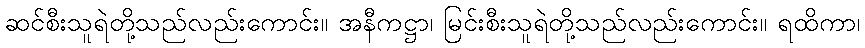
ဆင်စီးသူရဲတို့သည်လည်းကောင်း။ အနီကဋ္ဌာ၊ မြင်းစီးသူရဲတို့သည်လည်းကောင်း။ ရထိကာ၊